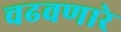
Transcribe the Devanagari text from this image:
चढवणारे